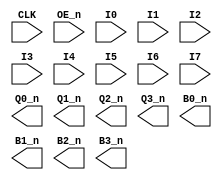
// PAL 16L8
// 8 INPUT only pins (I0-I9)
// 4 OUT only pins (Y0-Y1) and 4 IN or OUT pins (B0-B5)



// PAL16R4 (https://rocelec.widen.net/view/pdf/c6dwcslffz/VANTS00080-1.pdf)
// I/O 1,2, 7 and 8 (Pins B0 to B3) is not controlled by OE_n, only O3,O4,O5 and O6 (Pin's Q0-Q3)


/* 
PALASM PINS

CLK I0 I1 I2 I3 I4 I5 I6 I7 GND
/OE IO8/B3 IO7/B2 O6/Q3 O5/Q2 O4/Q1 O3/Q0 IO2/B1 IO1/B0 VCC

*/


module PAL_16R4(
    input CLK,          // Clock signal
    input OE_n,         // OUTPUT ENABLE (active-low) for Q0-Q3

    input I0,           // I0
    input I1,           // I1
    input I2,           // I2
    input I3,           // I3
    input I4,           // I4
    input I5,           // I5
    input I6,           // I6   
    input I7,           // I7    


    output Q0_n,        // Q0_n (Three-state and clocked)
    output Q1_n,        // Q1_n (Three-state and clocked)
    output Q2_n,        // Q2_n (Three-state and clocked)
    output Q3_n,        // Q3_n (Three-state and clocked)
    
    output B0_n,        // B0_n Can be IN or OUT)
    output B1_n,        // B1_n Can be IN or OUT)
    output B2_n,        // B2_n Can be IN or OUT)
    output B3_n         // B3_n Can be IN or OUT)
);

endmodule